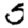
Digit: 5